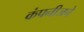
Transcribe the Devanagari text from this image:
कंपनीजचे